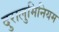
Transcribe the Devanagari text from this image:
दुरालुमिनियम